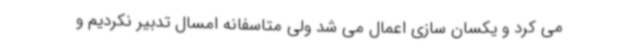
می کرد و یکسان سازی اعمال می شد ولی متاسفانه امسال تدبیر نکردیم و